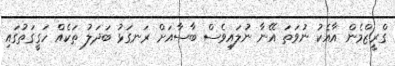
ގްރީޒްމެން އާއެކު ނުވަތަ އޭނާ ނުލައިވެސް ބާސާއަށް ރަނގަޅު ބަދަލު ތަކެއް ހަގީގަތުގައި